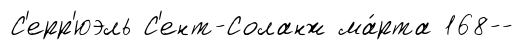
С'ерр'юэль С'ент-Соланж ма́рта 168--